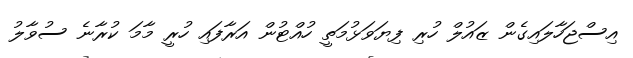
އިސްޖަހާލައިގެން ޒައުލް ހުރި ފިޔަވަޅުމަތީ ހުއްޓުން އަރާފައި ހުރީ މާމަ ކުރާނެ ސުވާލު